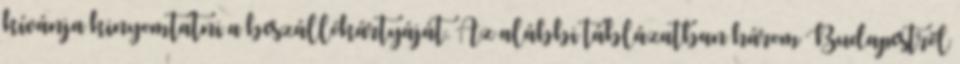
kívánja kinyomtatni a beszállókártyáját. Az alábbi táblázatban három Budapestről